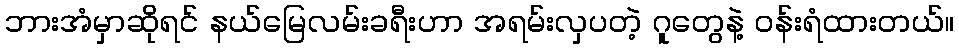
ဘားအံမှာဆိုရင် နယ်မြေလမ်းခရီးဟာ အရမ်းလှပတဲ့ ဂူတွေနဲ့ ဝန်းရံထားတယ်။